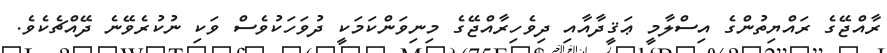
ރާއްޖޭގެ ރައްޔިތުންގެ އިސްލާމީ ޢަޤީދާއާއި ދިވެހިރާއްޖޭގެ މިނިވަންކަމަކީ ދުވަހަކުވެސް ވަކި ނުކުރެވޭނެ ދޭއްޗެކެވެ.